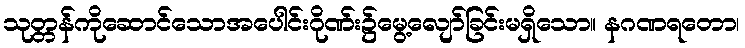
သုတ္တန်ကိုဆောင်သောအပေါင်းဂိုဏ်း၌မွေ့လျော်ခြင်းမရှိသော။ နဂဏရတော၊